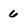
Character: 6